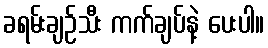
ခရမ်းချဉ်သီး ကက်ချပ်နဲ့ ပေးပါ။